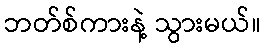
ဘတ်စ်ကားနဲ့ သွားမယ်။